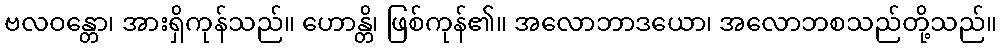
ဗလဝန္တော၊ အားရှိကုန်သည်။ ဟောန္တိ၊ ဖြစ်ကုန်၏။ အလောဘာဒယော၊ အလောဘစသည်တို့သည်။